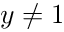
y \ne 1